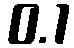
0.1